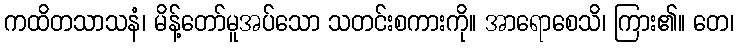
ကထိတသာသနံ၊ မိန့်တော်မူအပ်သော သတင်းစကားကို။ အာရောစေသိ၊ ကြား၏။ တေ၊